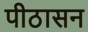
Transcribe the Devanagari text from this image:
पीठासन